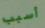
أسبب